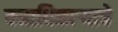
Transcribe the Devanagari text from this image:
वनाधिकार्‍याचे